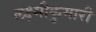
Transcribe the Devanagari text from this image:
लक्ष्मीकुमारी